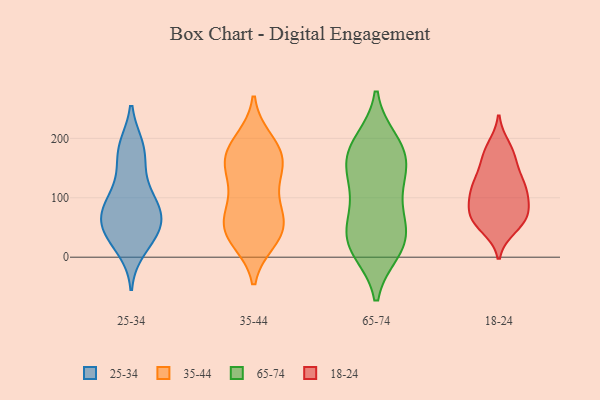
{"axis": {"x": "Demand Index", "y": "Value"}, "legend": ["18-24", "25-34", "35-44", "65-74"], "data": [{"x": "", "y": 83, "type": "25-34"}, {"x": "", "y": 42, "type": "25-34"}, {"x": "", "y": 83, "type": "25-34"}, {"x": "", "y": 184, "type": "25-34"}, {"x": "", "y": 37, "type": "25-34"}, {"x": "", "y": 15, "type": "25-34"}, {"x": "", "y": 131, "type": "25-34"}, {"x": "", "y": 175, "type": "25-34"}, {"x": "", "y": 79, "type": "25-34"}, {"x": "", "y": 52, "type": "25-34"}, {"x": "", "y": 43, "type": "25-34"}, {"x": "", "y": 71, "type": "25-34"}, {"x": "", "y": 102, "type": "25-34"}, {"x": "", "y": 182, "type": "25-34"}, {"x": "", "y": 94, "type": "35-44"}, {"x": "", "y": 33, "type": "35-44"}, {"x": "", "y": 144, "type": "35-44"}, {"x": "", "y": 67, "type": "35-44"}, {"x": "", "y": 142, "type": "35-44"}, {"x": "", "y": 53, "type": "35-44"}, {"x": "", "y": 164, "type": "35-44"}, {"x": "", "y": 28, "type": "35-44"}, {"x": "", "y": 27, "type": "35-44"}, {"x": "", "y": 118, "type": "35-44"}, {"x": "", "y": 198, "type": "35-44"}, {"x": "", "y": 167, "type": "35-44"}, {"x": "", "y": 77, "type": "35-44"}, {"x": "", "y": 174, "type": "35-44"}, {"x": "", "y": 46, "type": "35-44"}, {"x": "", "y": 166, "type": "35-44"}, {"x": "", "y": 196, "type": "35-44"}, {"x": "", "y": 61, "type": "35-44"}, {"x": "", "y": 69, "type": "65-74"}, {"x": "", "y": 14, "type": "65-74"}, {"x": "", "y": 50, "type": "65-74"}, {"x": "", "y": 157, "type": "65-74"}, {"x": "", "y": 195, "type": "65-74"}, {"x": "", "y": 27, "type": "65-74"}, {"x": "", "y": 42, "type": "65-74"}, {"x": "", "y": 181, "type": "65-74"}, {"x": "", "y": 122, "type": "65-74"}, {"x": "", "y": 147, "type": "65-74"}, {"x": "", "y": 15, "type": "65-74"}, {"x": "", "y": 84, "type": "65-74"}, {"x": "", "y": 11, "type": "65-74"}, {"x": "", "y": 171, "type": "65-74"}, {"x": "", "y": 133, "type": "65-74"}, {"x": "", "y": 192, "type": "65-74"}, {"x": "", "y": 173, "type": "18-24"}, {"x": "", "y": 65, "type": "18-24"}, {"x": "", "y": 83, "type": "18-24"}, {"x": "", "y": 122, "type": "18-24"}, {"x": "", "y": 132, "type": "18-24"}, {"x": "", "y": 57, "type": "18-24"}, {"x": "", "y": 104, "type": "18-24"}, {"x": "", "y": 50, "type": "18-24"}, {"x": "", "y": 62, "type": "18-24"}, {"x": "", "y": 73, "type": "18-24"}, {"x": "", "y": 121, "type": "18-24"}, {"x": "", "y": 152, "type": "18-24"}, {"x": "", "y": 73, "type": "18-24"}, {"x": "", "y": 109, "type": "18-24"}, {"x": "", "y": 109, "type": "18-24"}, {"x": "", "y": 186, "type": "18-24"}, {"x": "", "y": 175, "type": "18-24"}]}